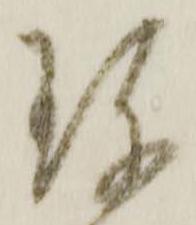
珎